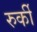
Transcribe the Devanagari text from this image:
रुर्की